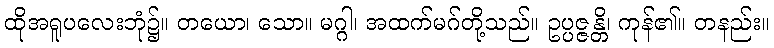
ထိုအရူပလေးဘုံ၌။ တယော၊ သော။ မဂ္ဂါ၊ အထက်မဂ်တို့သည်။ ဥပ္ပဇ္ဇန္တိ၊ ကုန်၏။ တနည်း။